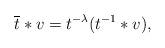
LaTeX: \begin{align*}\overline t * v = t^{-\lambda}(t^{-1}*v),\end{align*}